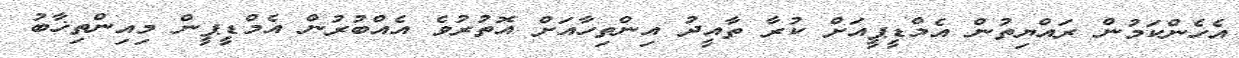
އެހެންކަމުން ރައްޔިތުން އެމްޑީޕީއަށް ކުރާ ތާއީދު އިންތިހާއަށް އޮތުރުވެ އެއްބުރުން އެމްޑީޕީން މިއިންތިޚާބު